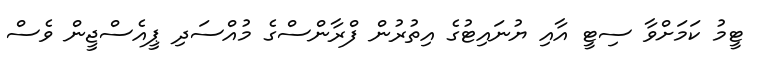
ޓީމު ކަމަށްވާ ސިޓީ އާއި ޔުނައިޓުގެ އިތުރުން ފްރާންސްގެ މުއްސަދި ޕީއެސްޖީން ވެސް